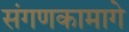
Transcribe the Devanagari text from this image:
संगणकामागे